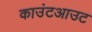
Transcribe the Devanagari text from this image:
काउंटआउट